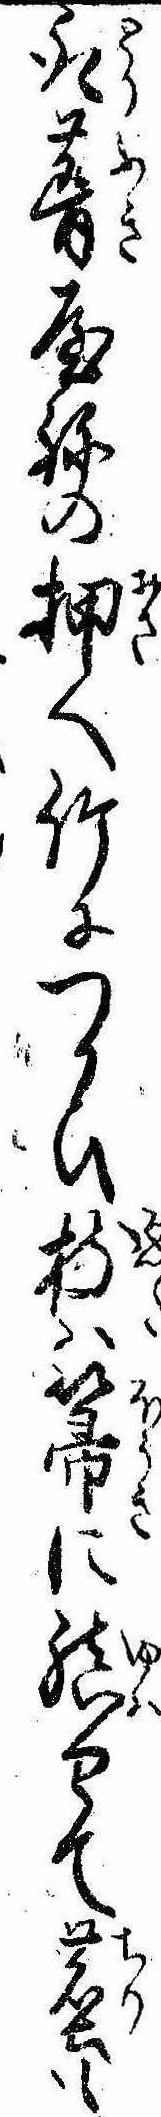
取葺屋ねの押へ竹につかひ枝は箒に結せて塵も